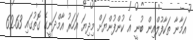
އަމާނާ ތަކާފުލްއިން ބުނީ އެ ކުންފުންޔަށް މިދިޔަ އަހަރު އާމްދަނީގެ ގޮތުގައި 62.63